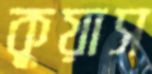
কুয়াস